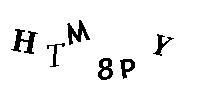
HTM8PY